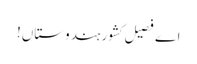
اے فصیل کشور ہندوستاں!